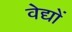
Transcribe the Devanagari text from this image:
वेद्यों